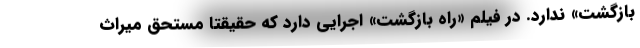
بازگشت» ندارد. در فیلم «راه بازگشت» اجرایی دارد که حقیقتا مستحق میراث